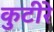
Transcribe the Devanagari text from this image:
कुटीरे